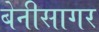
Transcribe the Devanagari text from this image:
बेनीसागर